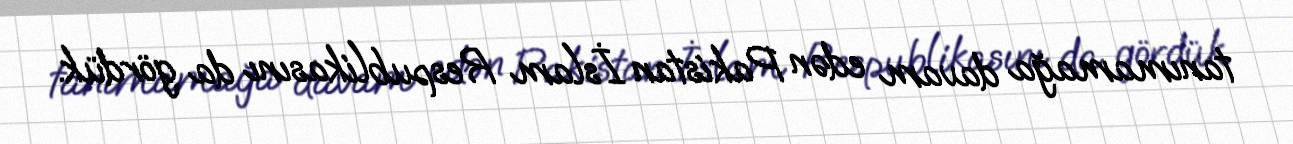
tanımamağa davam edən Pakistan İslam Respublikasını da gördük.